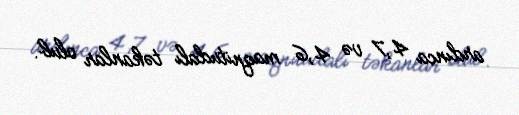
ardınca 4,7 və 4,6 maqnitudalı təkanlar olub.